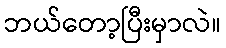
ဘယ်တော့ပြီးမှာလဲ။